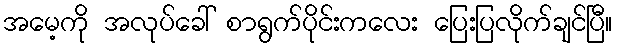
အမေ့ကို အလုပ်ခေါ် စာရွက်ပိုင်းကလေး ပြေးပြလိုက်ချင်ပြီ။